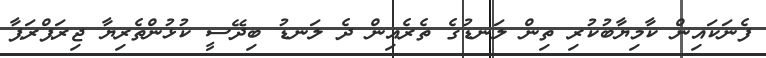
ފެނަކައިން ކާމިޔާބުކުރި ތިން ލަނޑުގެ ތެރެއިން ދެ ލަނޑު ބިދޭސީ ކުޅުންތެރިޔާ ޖިރަޕްރަޕާ